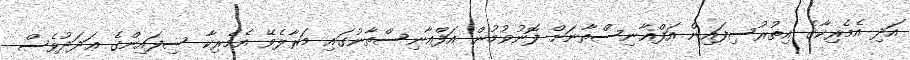
އަދި އެމެރިކާގެ އިތުރުސިފައިން އަފްޣާނިސްތާނަށް ފޮނުވުމުން އަފްޣާނިސްތާނުގައި މަރާލެވޭ އެމެރިކާ ސިފައިންގެ ޢަދަދުވެސް